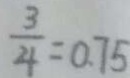
\frac { 3 } { 4 } = 0 . 7 5